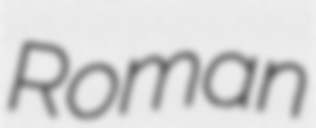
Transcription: Roman